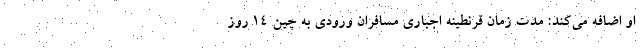
او اضافه می‌کند: مدت زمان قرنطینه اجباری مسافران ورودی به چین ۱۴ روز